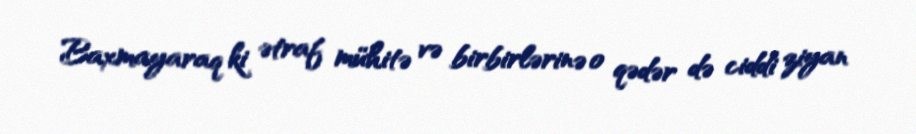
Baxmayaraq ki ətraf mühitə və birbirlərinə o qədər də ciddi ziyan